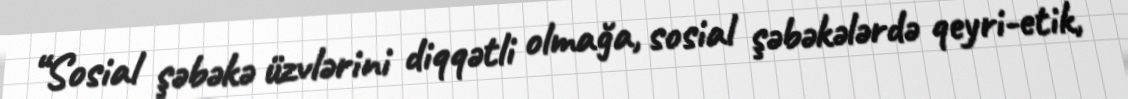
“Sosial şəbəkə üzvlərini diqqətli olmağa, sosial şəbəkələrdə qeyri-etik,